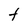
Character: t